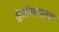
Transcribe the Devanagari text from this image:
सुसीमजातक